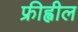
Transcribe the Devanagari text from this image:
फ्रीह्वील